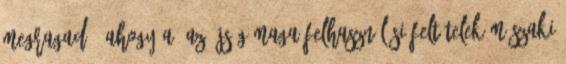
megragadó, ahogy a. Az újság maga Felhasználási feltételek Műszaki